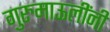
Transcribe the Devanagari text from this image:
गुरुमाऊलींनी